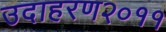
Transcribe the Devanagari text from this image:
उदाहरण२०११